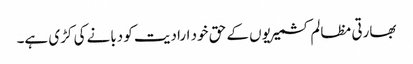
بھارتی مظالم کشمیریوں کے حق خود ارادیت کو دبانے کی کڑی ہے۔